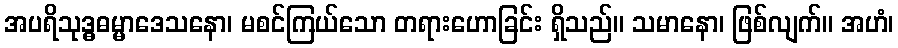
အပရိသုဒ္ဓဓမ္မာဒေသနော၊ မစင်ကြယ်သော တရားဟောခြင်း ရှိသည်။ သမာနော၊ ဖြစ်လျက်။ အဟံ၊